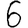
Digit: 6